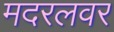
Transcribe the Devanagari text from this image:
मदरलवर